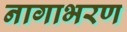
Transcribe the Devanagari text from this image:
नागाभरण